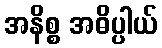
အနိစ္စ အဓိပ္ပါယ်